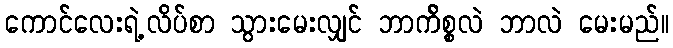
ကောင်လေးရဲ့လိပ်စာ သွားမေးလျှင် ဘာက်ိစ္စလဲ ဘာလဲ မေးမည်။